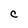
Character: C